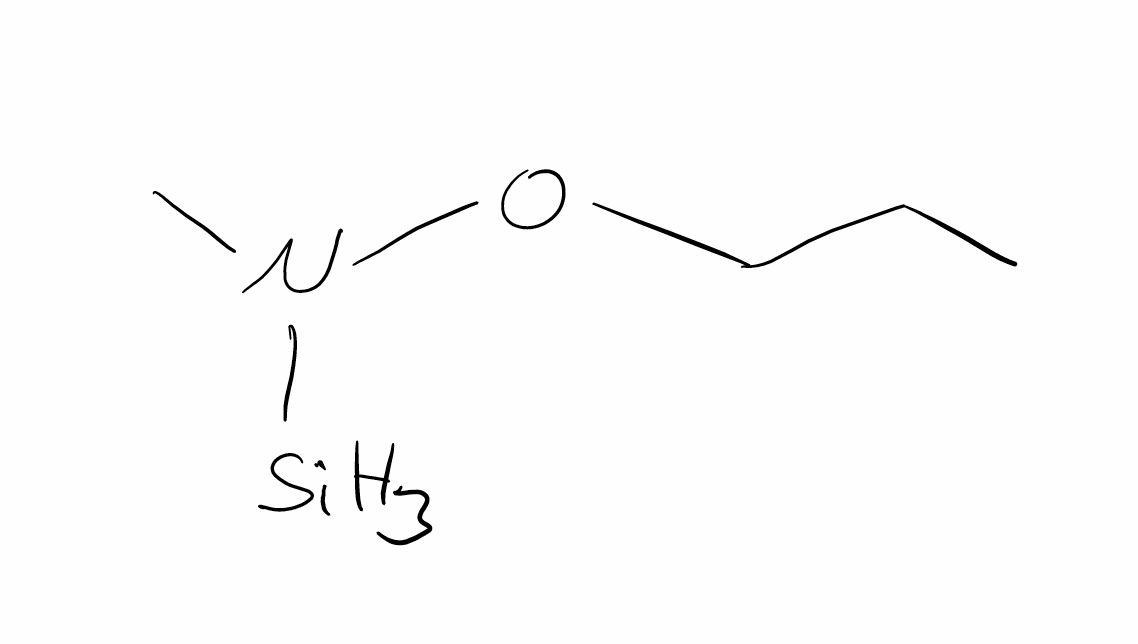
Simplified molecular-input line-entry system (SMILES) notation of the given molecule:
CCCON(C)[SiH3]